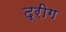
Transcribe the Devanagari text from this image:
द्रीग